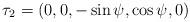
LaTeX: \begin{align*}\tau_{2}=\left(0,0,-\sin\psi,\cos\psi, 0\right)\end{align*}